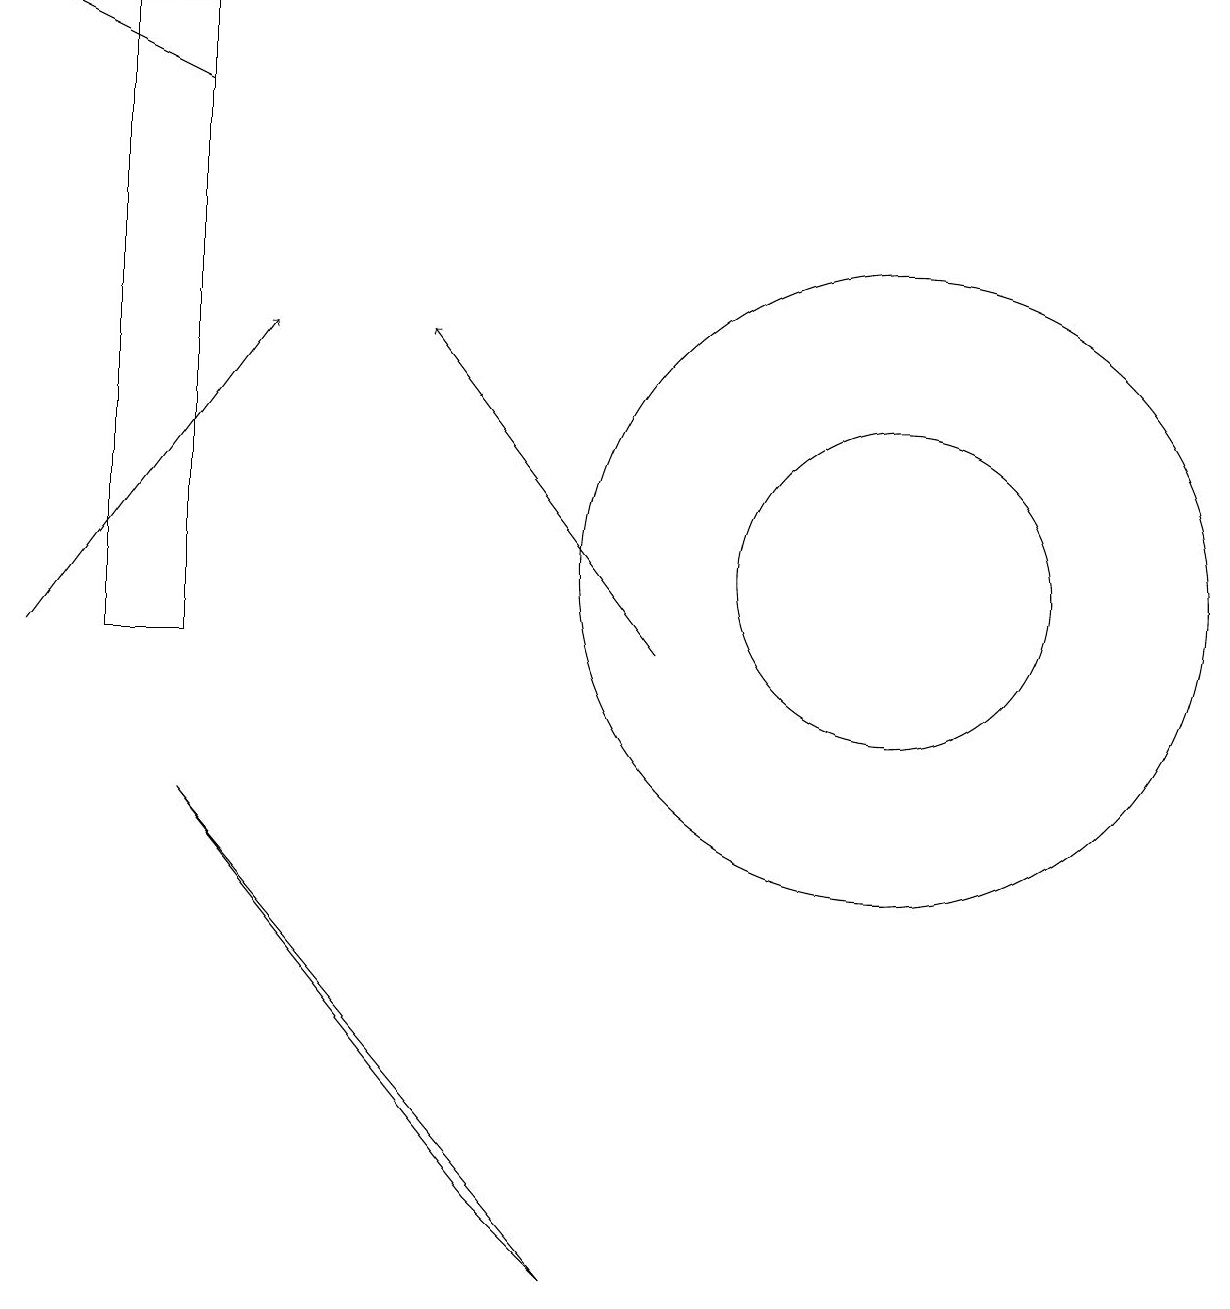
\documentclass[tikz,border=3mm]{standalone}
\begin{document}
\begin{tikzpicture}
\draw[->] (0,11) -- (3,15);
\draw (2,9) -- (6,4) -- (7,3) -- cycle;
\draw (11,12) circle (4);
\draw (1,19) rectangle (2,11);
\draw[->] (2,18) -- (0,19);
\draw (11,12) circle (2);
\draw[->] (8,11) -- (5,15);
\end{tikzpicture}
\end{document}